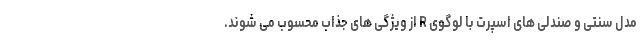
مدل سنتی و صندلی های اسپرت با لوگوی R از ویژگی های جذاب محسوب می شوند.